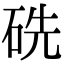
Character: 𥑻